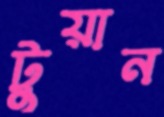
টুয়ান